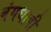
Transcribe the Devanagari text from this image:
बंगधाबी